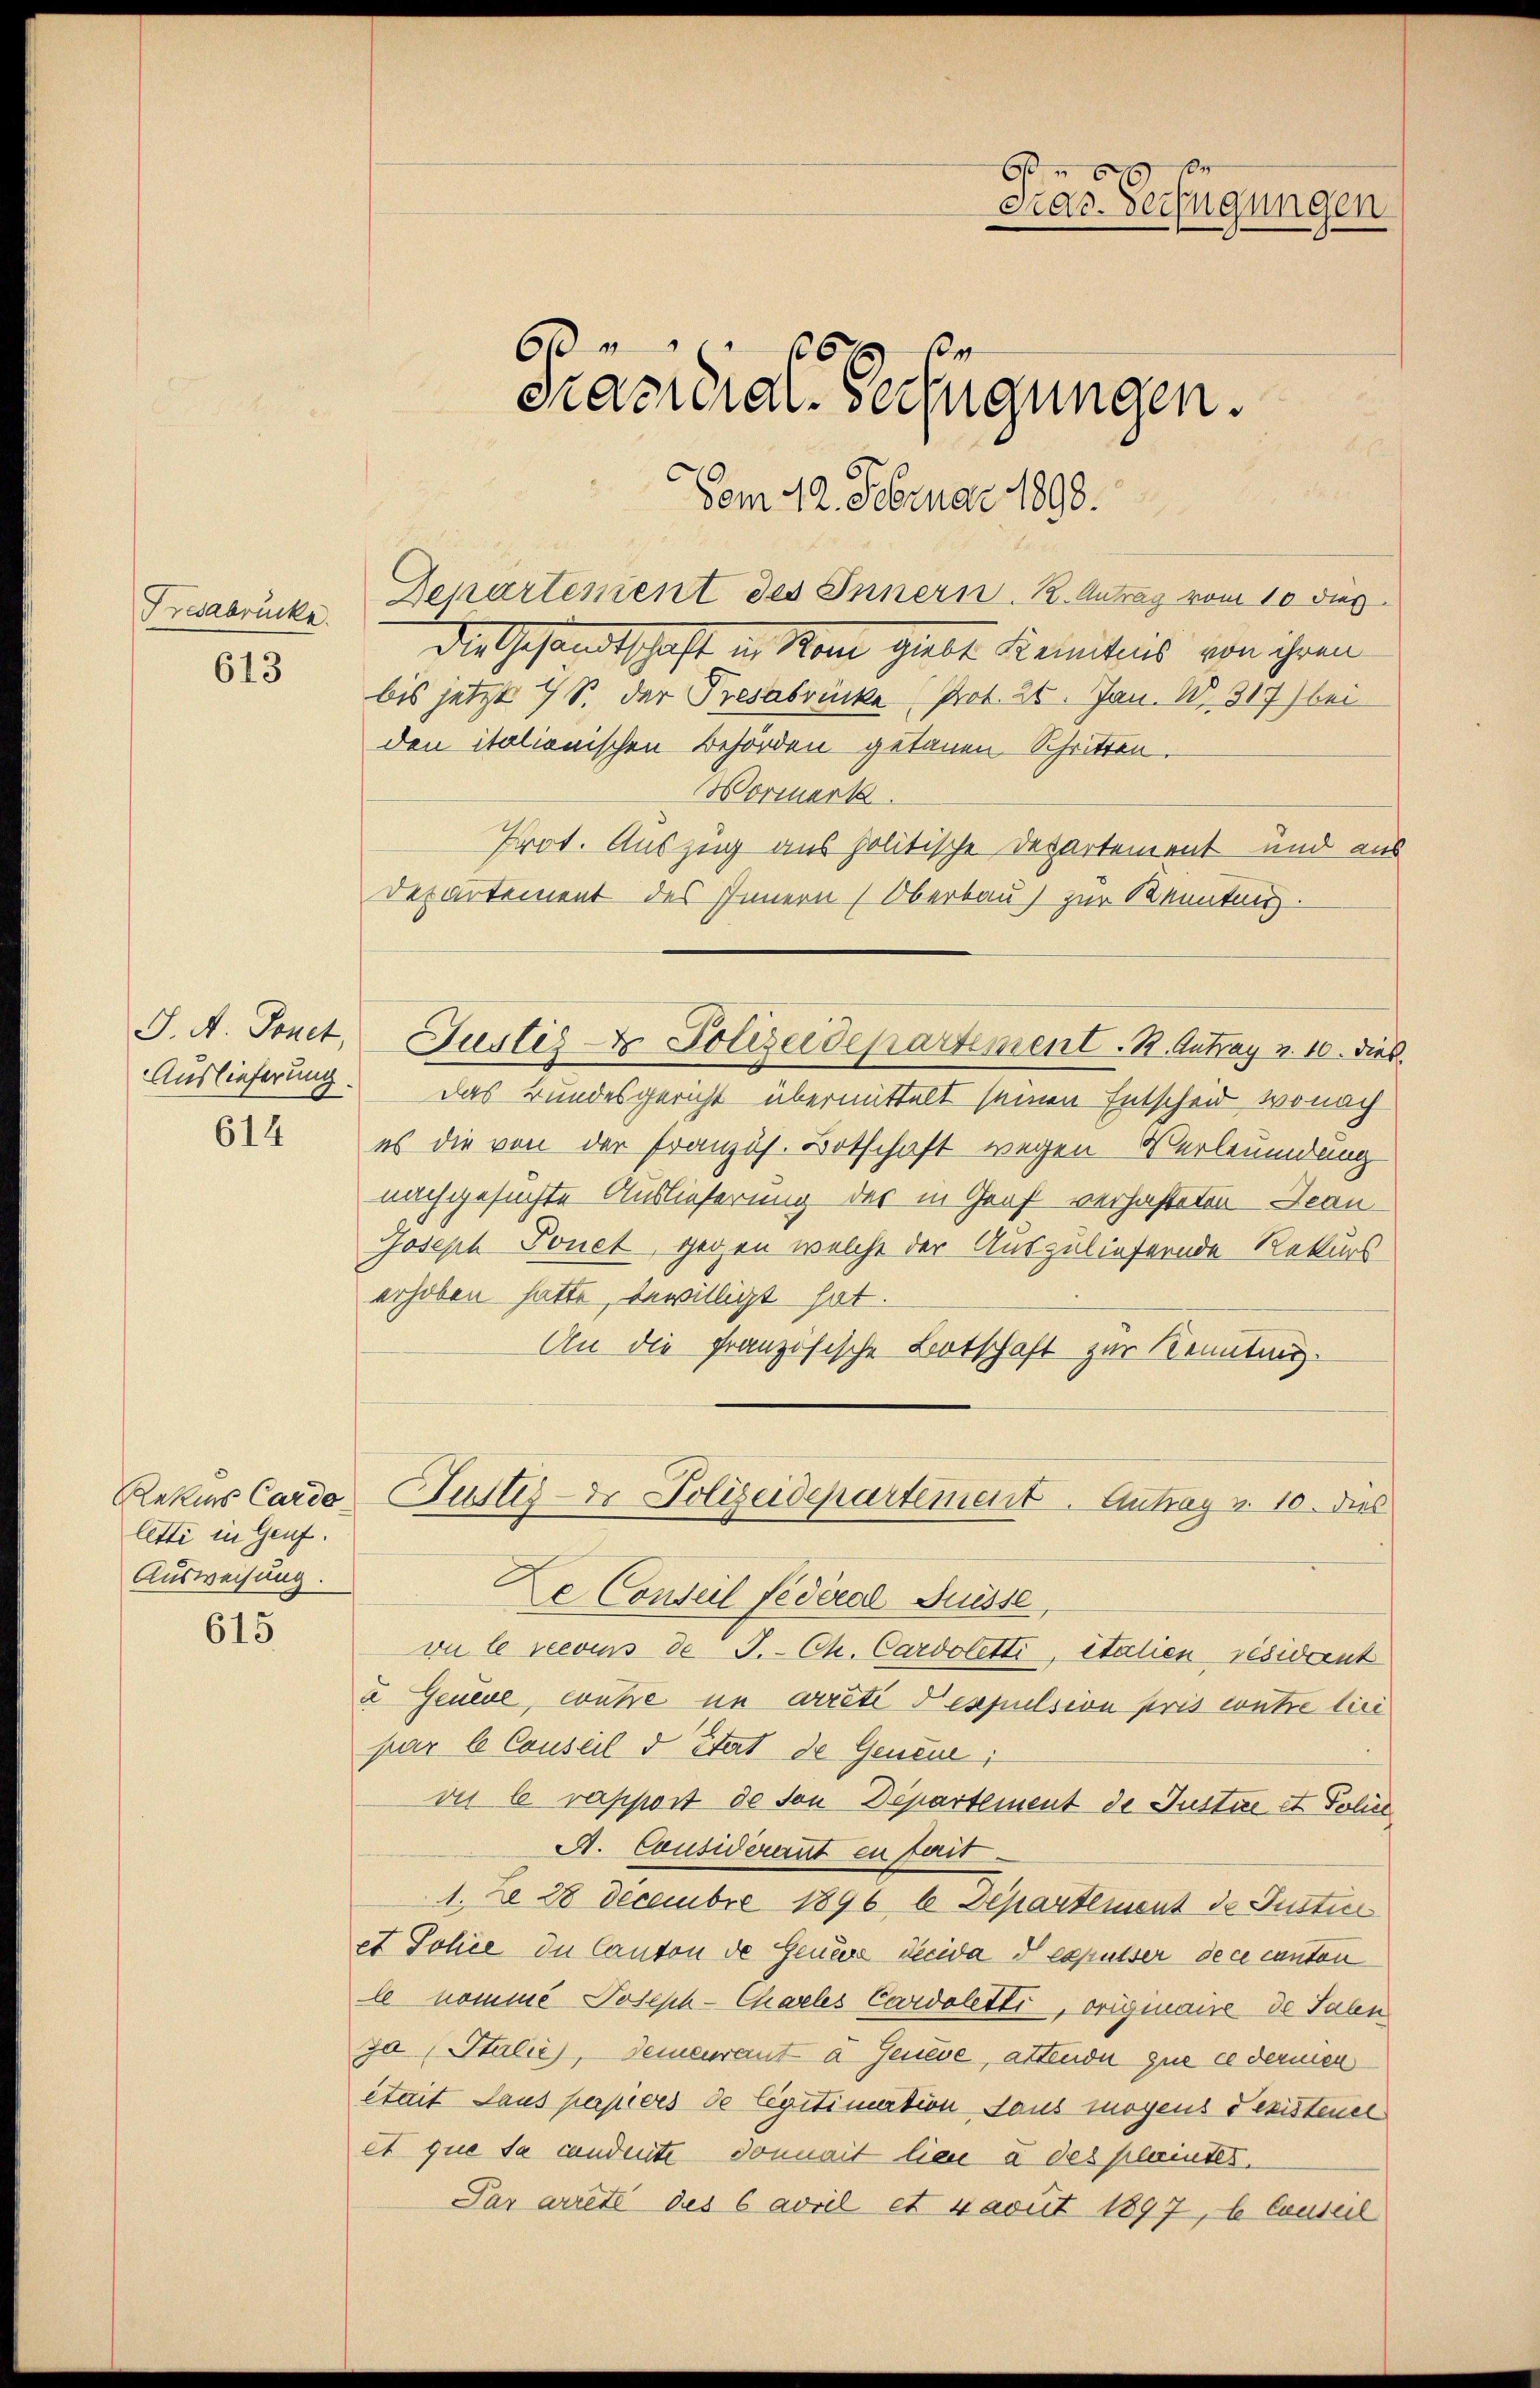
Fresabrücke.

613

J. A. Tonet,

614

lette in Genf.
Ausweisung.

615

Vom 12. Februar 1890.
Departement des Innern. K. Antrag vom 10 dies
Die Gesandtschaft in Man giebt Kenntnis von ihren
bis jetzt 7 S. der Tresabrücke Prot. 26. Jan. 1317) bei
den italionischen Behörden getanen Schritten.
Wormerk
Prot. Auszug aus politische Departement und aus
Departement des Innern (Oberbau) zur Kenntenz.
Justiz & Polizeidepartement. B. Antrag v. 10. dies
Auslieferung. Das Bundesgericht übermittelt seinen Entscheid, wonach
es die von der Französ. Botschaft wegen Verleumdung
nachgesuchte Auslieferung der in Graf verhafteten Jean¬
Joseph Tonet, gegen welche der Auszuliefernde Rekurs
erhoben hatte, bewilligt hat.
An die französische Botschaft zur Kenntung.
Rekurs Cardo Puster Polizeidepartement. Antrag v. 10. dies
De Conseil fédéral Suisse,
vu le reesens de J. Ch. Cardoletti, italien résident
2 Genere, währe in arréti Despulsion pris contre lici
par le Conseil d’Etat de Genei
our le rapport de von Departement de Justue et Police
A. Cousiderant en ferit
1. De 28 Decembre 1896 6 Separtement de Justi
et Johie die Canton de Feuere décida I expulser de ce canton
le nomme Joseph-Chaeles Cardoletti, originaue de Saln
30 (Stalie, demeuraut d Genève, attende que ce dermen
était Laus perpices de legitimation daus mögens dexistener
et que sa candente donnait lieu à des plaintes.
Par arreté des 6 avril et davut 1897, 6 Conseil

x
Tras. Verfügungen
6066
Prazional-Verfügungen.
.